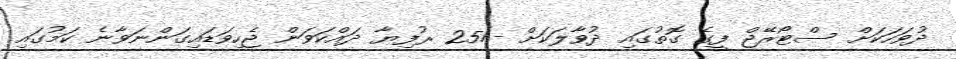
ދުވަހަކަށް ސްޓޯރޭޖް ފީގެ ގޮތުގައި ދުވާލަކަށް -/25 ރުފިޔާ ދައްކަވަން ޖެހިވަޑައިގަންނަވާނެ ކަމުގައި